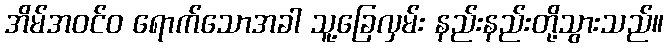
အိမ်အဝင်ဝ ရောက်သောအခါ သူ့ခြေလှမ်း နည်းနည်းတို့သွားသည်။